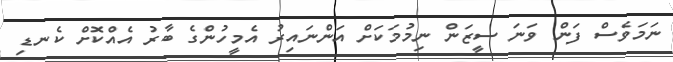
ނަމަވެސް ފަން ވަނަ ސީޒަން ނިމުމަކަށް އަންނައިރު އެމީހުންގެ ބާރު އެއްކޮށް ކެނޑި